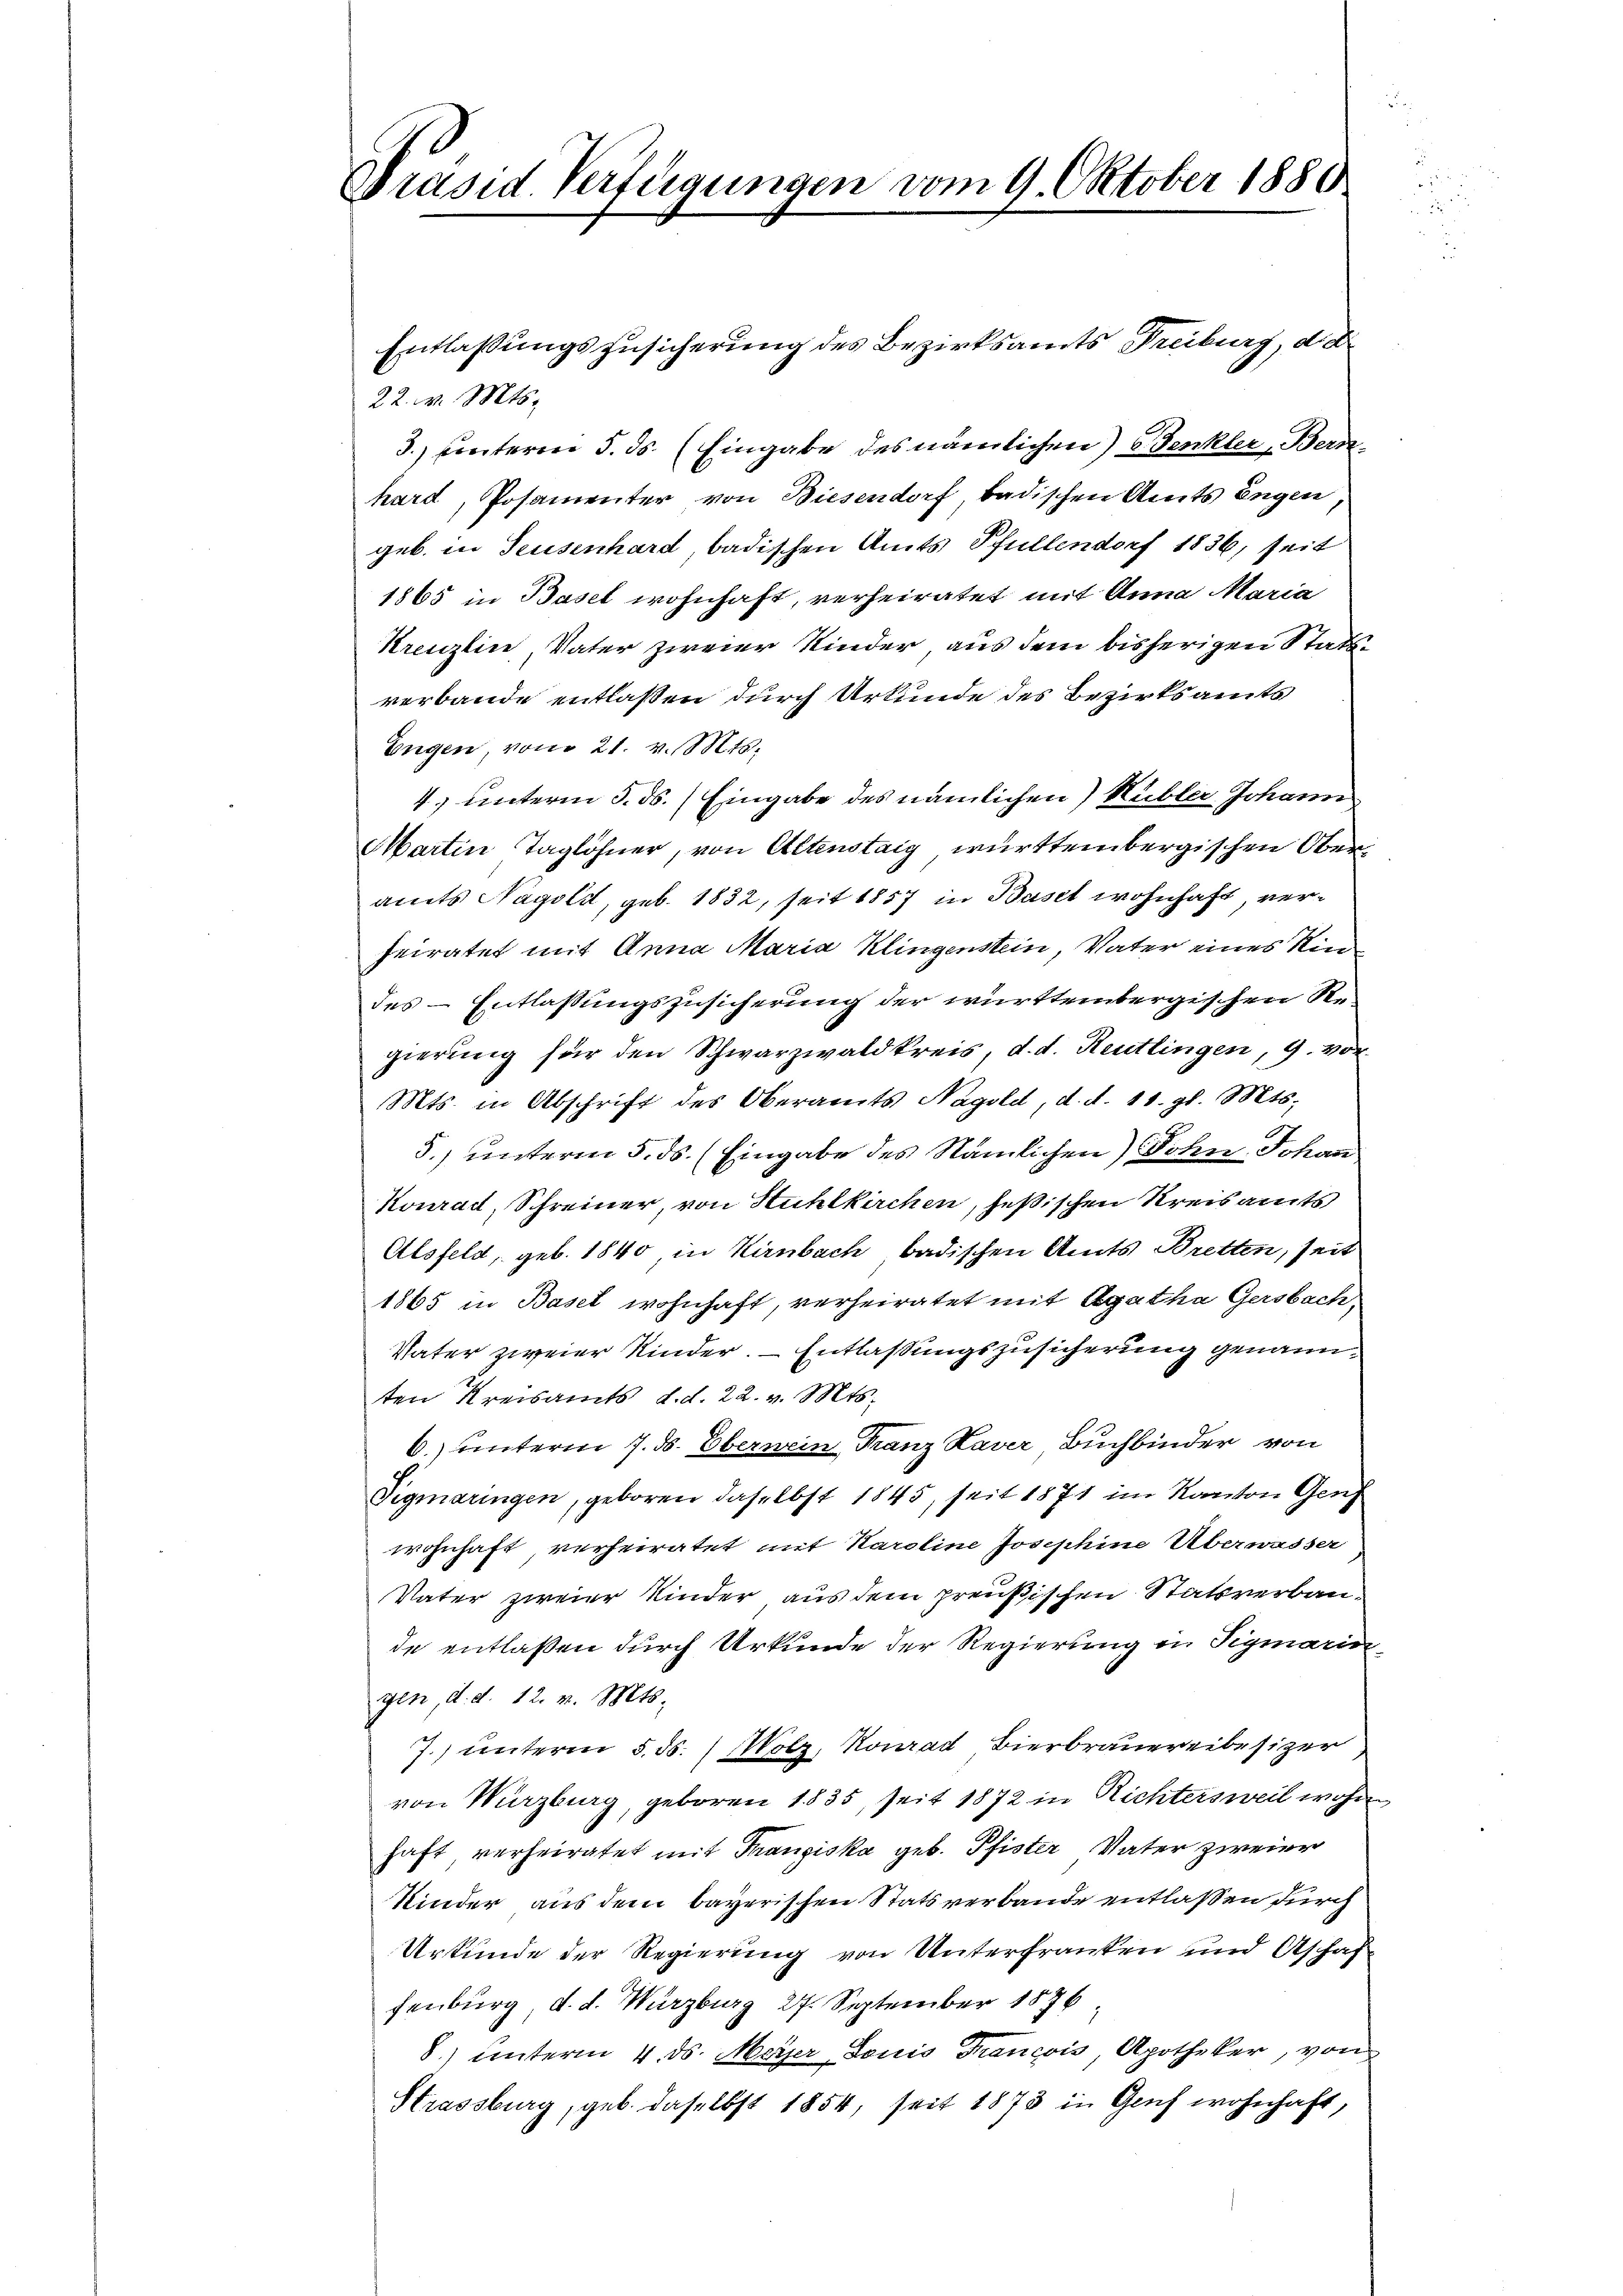
.
Präsid. Verfügungen vom 9. Oktober 1880

Entlassungszusicherung des Bezirksamts Freiburg, die
22. v. Mts.
3. unterm 5. ds. (Eingabe des nämlichen Benkler Berahard, Posamenter von Biesendorf badischen Amts Engen
geb. in Seusenhard, badischen Amts Pfullendorf 1836, seit
1865 in Basel wohnhaft, verheiratet mit Anna Maria
Kreuzlin, Vater zweier Kinder, aus dem bisherigen Stattverbande entlaßen durch Urkunde des Bezirksamts
Engen, vom 21. v. Mts.
4) unterm 5. ds. Eingabe des nämlichen) Kübler Johann
Martin Taglöhner, von Altenstaig württembergischen Oberamts Nagold, geb. 1832, seit 1857 in Baset wohnhaft verheiratet mit Anna Maria Klingenstein, Vater eines Kin
des - Entlassungszusicherung der württembergischen Regierung für den Schwarzwaldkreis, d. d. Reutlingen, 9. vor
Mts. in Abschrift des Oberamts Nagold, d. d. 11. gl. Mts.
5.) unterm 5. ds. (Eingabe des Nämlichen Sohn Johan
Konrad, Schreiner, von Huhlkirchen, fessischen Kreisamts
Alsfeld, geb. 1840 in Kirnbach badischen Amts Bretten, seit
1865 in Basel wohnhaft, verheiratet mit Agatha Gersbach,
Vater zweier Kinder. – Entlassungszusicherung genannten Kreisamts, d. d. 22. v. Mts.
6.) unterm 7. ds. Obernein Franz Xaver Buchbinder von
Sigmaringen, geboren daselbst 1845, seit 1871 im Kanton Gen
wohnhaft, verheiratet mit Karoline Josephine Überwasser
Vater zweier Kinder aus dem preußischen Statsverbaude entlaßen durch Urkunde der Regierung in Sigmarin
gen, d. d. 12. v. Mts.
7.) unterm 5. ds. (Molz, Konrad Bierbrauereibesizer
von Würzburg, geboren 1835, seit 1872 in Richtersweil wohn
haft verheiratet mit Franziska geb. Pfister Vater zweier
Kinder aus dem bayerischen Statsverbande entlaßen durch
Urkunde der Regierung von Unterfranken und Aschaffenburg, d. d. Würzburg 27. September 1876
8.) unterm 4. ds. Meyer Louis Francois, Apotheker, von
Strassburg, geb. daselbst 1854, seit 1873 in Genf wohnhaft,